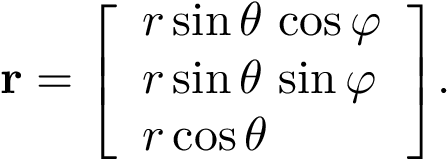
\mathbf { r } = { \left[ \begin{array} { l } { r \sin \theta \, \cos \varphi } \\ { r \sin \theta \, \sin \varphi } \\ { r \cos \theta } \end{array} \right] } .